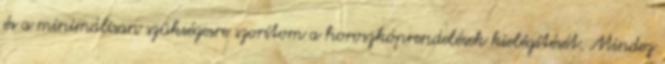
és a minimálisan szükségesre szorítom a horoszkóprendelések kielégítését. Mindez